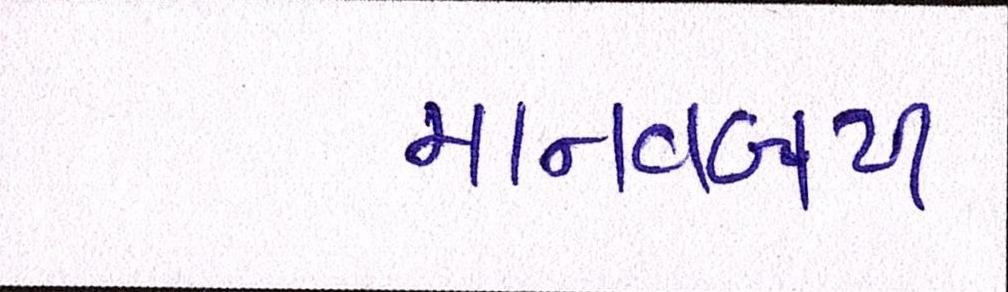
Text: માનવબળ